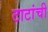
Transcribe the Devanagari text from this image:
टाटांची